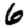
Digit: 6